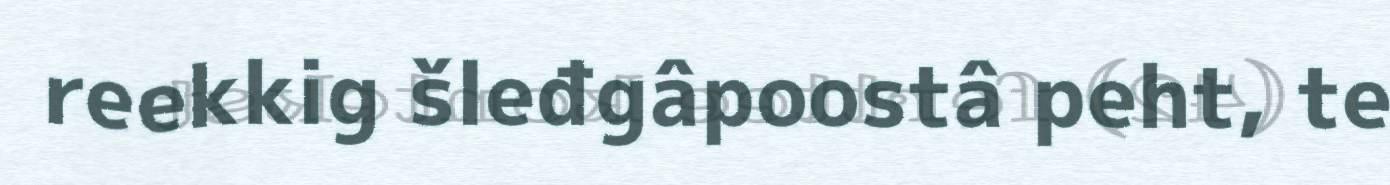
reekkig šleđgâpoostâ peht, te